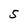
Character: S